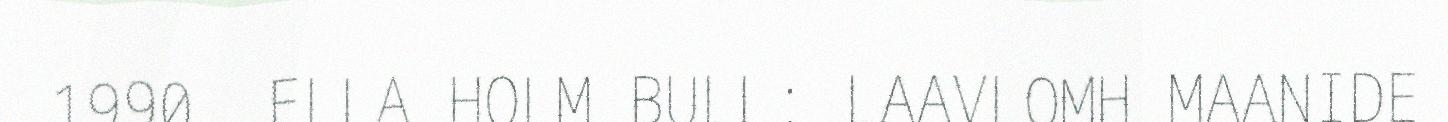
1990. ELLA HOLM BULL: LAAVLOMH MAANIDE